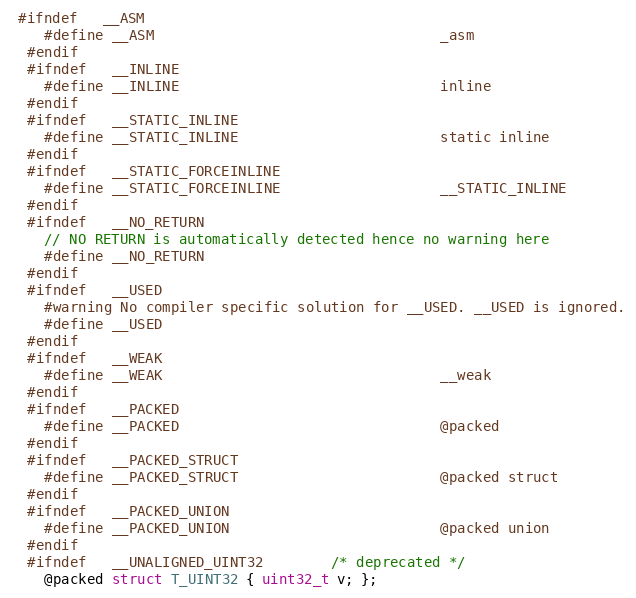
Language: C
 #ifndef   __ASM
    #define __ASM                                  _asm
  #endif
  #ifndef   __INLINE
    #define __INLINE                               inline
  #endif
  #ifndef   __STATIC_INLINE
    #define __STATIC_INLINE                        static inline
  #endif
  #ifndef   __STATIC_FORCEINLINE
    #define __STATIC_FORCEINLINE                   __STATIC_INLINE
  #endif
  #ifndef   __NO_RETURN
    // NO RETURN is automatically detected hence no warning here
    #define __NO_RETURN
  #endif
  #ifndef   __USED
    #warning No compiler specific solution for __USED. __USED is ignored.
    #define __USED
  #endif
  #ifndef   __WEAK
    #define __WEAK                                 __weak
  #endif
  #ifndef   __PACKED
    #define __PACKED                               @packed
  #endif
  #ifndef   __PACKED_STRUCT
    #define __PACKED_STRUCT                        @packed struct
  #endif
  #ifndef   __PACKED_UNION
    #define __PACKED_UNION                         @packed union
  #endif
  #ifndef   __UNALIGNED_UINT32        /* deprecated */
    @packed struct T_UINT32 { uint32_t v; };